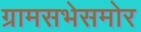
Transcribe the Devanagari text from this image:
ग्रामसभेसमोर